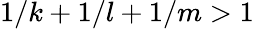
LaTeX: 1/k+1/l+1/m>1